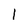
Character: 1